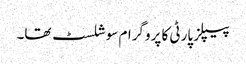
پیپلز پارٹی کا پروگرام سوشلسٹ تھا۔